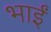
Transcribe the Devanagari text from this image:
भाईं